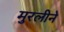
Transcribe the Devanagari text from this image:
मुरलीने